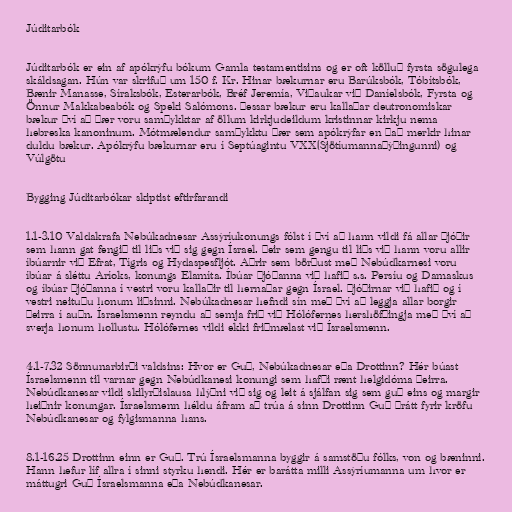
Júditarbók

Júditarbók er ein af apókrýfu bókum Gamla testamentisins og er oft kölluð fyrsta sögulega
skáldsagan. Hún var skrifuð um 150 f. Kr. Hinar bækurnar eru Barúksbók, Tóbítsbók,
Bænir Manasse, Síraksbók, Esterarbók, Bréf Jeremía, Viðaukar við Daníelsbók, Fyrsta og
Önnur Makkabeabók og Speki Salómons. Þessar bækur eru kallaðar deutronomiskar
bækur því að þær voru samþykktar af öllum kirkjudeildum kristinnar kirkju nema
hebreska kanoninum. Mótmælendur samþykktu þær sem apókrýfar en það merkir hinar
duldu bækur. Apókrýfu bækurnar eru í Septúagintu VXX(Sjötíumannaþýðingunni) og
Vúlgötu

Bygging Júditarbókar skiptist eftirfarandi

1.1-3.10 Valdakrafa Nebúkadnesar Assýríukonungs fólst í því að hann vildi fá allar þjóðir
sem hann gat fengið til liðs við sig gegn Ísrael. Þeir sem gengu til liðs við hann voru allir
íbúarnir við Efrat, Tígris og Hydaspesfljót. Aðrir sem börðust með Nebúdkarnesi voru
íbúar á sléttu Aríoks, konungs Elamíta. Íbúar þjóðanna við hafið s.s. Persíu og Damaskus
og íbúar þjóðanna í vestri voru kallaðir til hernaðar gegn Ísrael. Þjóðirnar við hafið og í
vestri neituðu honum liðsinni. Nebúkadnesar hefndi sín með því að leggja allar borgir
þeirra í auðn. Ísraelsmenn reyndu að semja frið við Hólófernes hershöfðingja með því að
sverja honum hollustu. Hólófernes vildi ekki friðmælast við Ísraelsmenn.

4.1-7.32 Sönnunarbirði valdsins: Hvor er Guð, Nebúkadnesar eða Drottinn? Hér búast
Ísraelsmenn til varnar gegn Nebúdkanesi konungi sem hafði rænt helgidóma þeirra.
Nebúdkanesar vildi skilyrðislausa hlýðni við sig og leit á sjálfan sig sem guð eins og margir
heiðnir konungar. Ísraelsmenn héldu áfram að trúa á sinn Drottinn Guð þrátt fyrir kröfu
Nebúdkanesar og fylgismanna hans.

8.1-16.25 Drottinn einn er Guð. Trú Ísraelsmanna byggir á samstöðu fólks, von og bæninni.
Hann hefur líf allra í sinni styrku hendi. Hér er barátta milli Assýríumanna um hvor er
máttugri Guð Ísraelsmanna eða Nebúdkanesar.